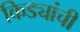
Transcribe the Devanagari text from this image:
किड्यांची